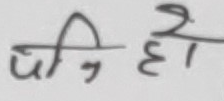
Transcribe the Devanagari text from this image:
पुजि हो